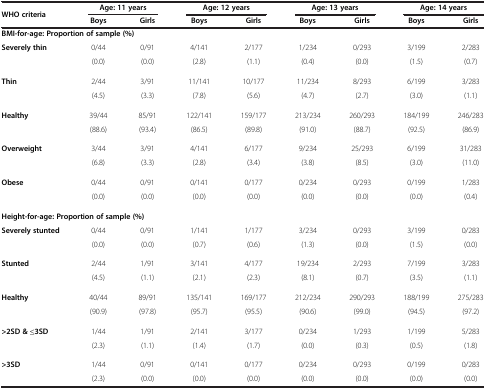
<table><thead><tr><td rowspan="2"><b>WHO criteria</b></td><td colspan="2"><b>Age: 11 years</b></td><td colspan="2"><b>Age: 12 years</b></td><td colspan="2"><b>Age: 13 years</b></td><td colspan="2"><b>Age: 14 years</b></td></tr><tr><td><b>Boys</b></td><td><b>Girls</b></td><td><b>Boys</b></td><td><b>Girls</b></td><td><b>Boys</b></td><td><b>Girls</b></td><td><b>Boys</b></td><td><b>Girls</b></td></tr></thead><tbody><tr><td colspan="9"><b>BMI-for-age: Proportion of sample (%)</b></td></tr><tr><td><b>Severely thin</b></td><td>0/44</td><td>0/91</td><td>4/141</td><td>2/177</td><td>1/234</td><td>0/293</td><td>3/199</td><td>2/283</td></tr><tr><td> </td><td>(0.0)</td><td>(0.0)</td><td>(2.8)</td><td>(1.1)</td><td>(0.4)</td><td>(0.0)</td><td>(1.5)</td><td>(0.7)</td></tr><tr><td><b>Thin</b></td><td>2/44</td><td>3/91</td><td>11/141</td><td>10/177</td><td>11/234</td><td>8/293</td><td>6/199</td><td>3/283</td></tr><tr><td> </td><td>(4.5)</td><td>(3.3)</td><td>(7.8)</td><td>(5.6)</td><td>(4.7)</td><td>(2.7)</td><td>(3.0)</td><td>(1.1)</td></tr><tr><td><b>Healthy</b></td><td>39/44</td><td>85/91</td><td>122/141</td><td>159/177</td><td>213/234</td><td>260/293</td><td>184/199</td><td>246/283</td></tr><tr><td> </td><td>(88.6)</td><td>(93.4)</td><td>(86.5)</td><td>(89.8)</td><td>(91.0)</td><td>(88.7)</td><td>(92.5)</td><td>(86.9)</td></tr><tr><td><b>Overweight</b></td><td>3/44</td><td>3/91</td><td>4/141</td><td>6/177</td><td>9/234</td><td>25/293</td><td>6/199</td><td>31/283</td></tr><tr><td> </td><td>(6.8)</td><td>(3.3)</td><td>(2.8)</td><td>(3.4)</td><td>(3.8)</td><td>(8.5)</td><td>(3.0)</td><td>(11.0)</td></tr><tr><td><b>Obese</b></td><td>0/44</td><td>0/91</td><td>0/141</td><td>0/177</td><td>0/234</td><td>0/293</td><td>0/199</td><td>1/283</td></tr><tr><td> </td><td>(0.0)</td><td>(0.0)</td><td>(0.0)</td><td>(0.0)</td><td>(0.0)</td><td>(0.0)</td><td>(0.0)</td><td>(0.4)</td></tr><tr><td colspan="9"><b>Height-for-age: Proportion of sample (%)</b></td></tr><tr><td><b>Severely stunted</b></td><td>0/44</td><td>0/91</td><td>1/141</td><td>1/177</td><td>3/234</td><td>0/293</td><td>3/199</td><td>0/283</td></tr><tr><td> </td><td>(0.0)</td><td>(0.0)</td><td>(0.7)</td><td>(0.6)</td><td>(1.3)</td><td>(0.0)</td><td>(1.5)</td><td>(0.0)</td></tr><tr><td><b>Stunted</b></td><td>2/44</td><td>1/91</td><td>3/141</td><td>4/177</td><td>19/234</td><td>2/293</td><td>7/199</td><td>3/283</td></tr><tr><td> </td><td>(4.5)</td><td>(1.1)</td><td>(2.1)</td><td>(2.3)</td><td>(8.1)</td><td>(0.7)</td><td>(3.5)</td><td>(1.1)</td></tr><tr><td><b>Healthy</b></td><td>40/44</td><td>89/91</td><td>135/141</td><td>169/177</td><td>212/234</td><td>290/293</td><td>188/199</td><td>275/283</td></tr><tr><td> </td><td>(90.9)</td><td>(97.8)</td><td>(95.7)</td><td>(95.5)</td><td>(90.6)</td><td>(99.0)</td><td>(94.5)</td><td>(97.2)</td></tr><tr><td><b>&gt;2SD &amp; ≤3SD</b></td><td>1/44</td><td>1/91</td><td>2/141</td><td>3/177</td><td>0/234</td><td>1/293</td><td>1/199</td><td>5/283</td></tr><tr><td> </td><td>(2.3)</td><td>(1.1)</td><td>(1.4)</td><td>(1.7)</td><td>(0.0)</td><td>(0.3)</td><td>(0.5)</td><td>(1.8)</td></tr><tr><td><b>&gt;3SD</b></td><td>1/44</td><td>0/91</td><td>0/141</td><td>0/177</td><td>0/234</td><td>0/293</td><td>0/199</td><td>0/283</td></tr><tr><td> </td><td>(2.3)</td><td>(0.0)</td><td>(0.0)</td><td>(0.0)</td><td>(0.0)</td><td>(0.0)</td><td>(0.0)</td><td>(0.0)</td></tr></tbody></table>